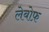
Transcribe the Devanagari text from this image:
लेबोफ़